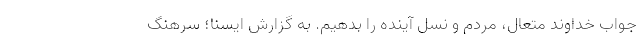
جواب خداوند متعال، مردم و نسل آینده را بدهیم. به گزارش ایسنا؛ سرهنگ